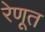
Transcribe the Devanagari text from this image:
रेणूत